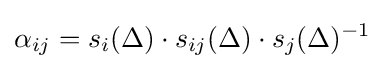
\alpha _{ij}=s_{i}(\Delta )\cdot s_{ij}(\Delta )\cdot s_{j}(\Delta )^{-1}